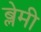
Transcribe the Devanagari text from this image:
ब्लेमी